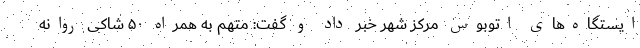
ایستگاه‌های اتوبوس مرکز شهر خبر داد و گفت: متهم به همراه ۵۰ شاکی روانه